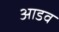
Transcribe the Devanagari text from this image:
आडव